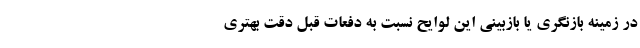
در زمینه بازنگری یا بازبینی این لوایح نسبت به دفعات قبل دقت بهتری